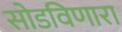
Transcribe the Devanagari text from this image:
सोडविणारा